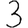
Digit: 3